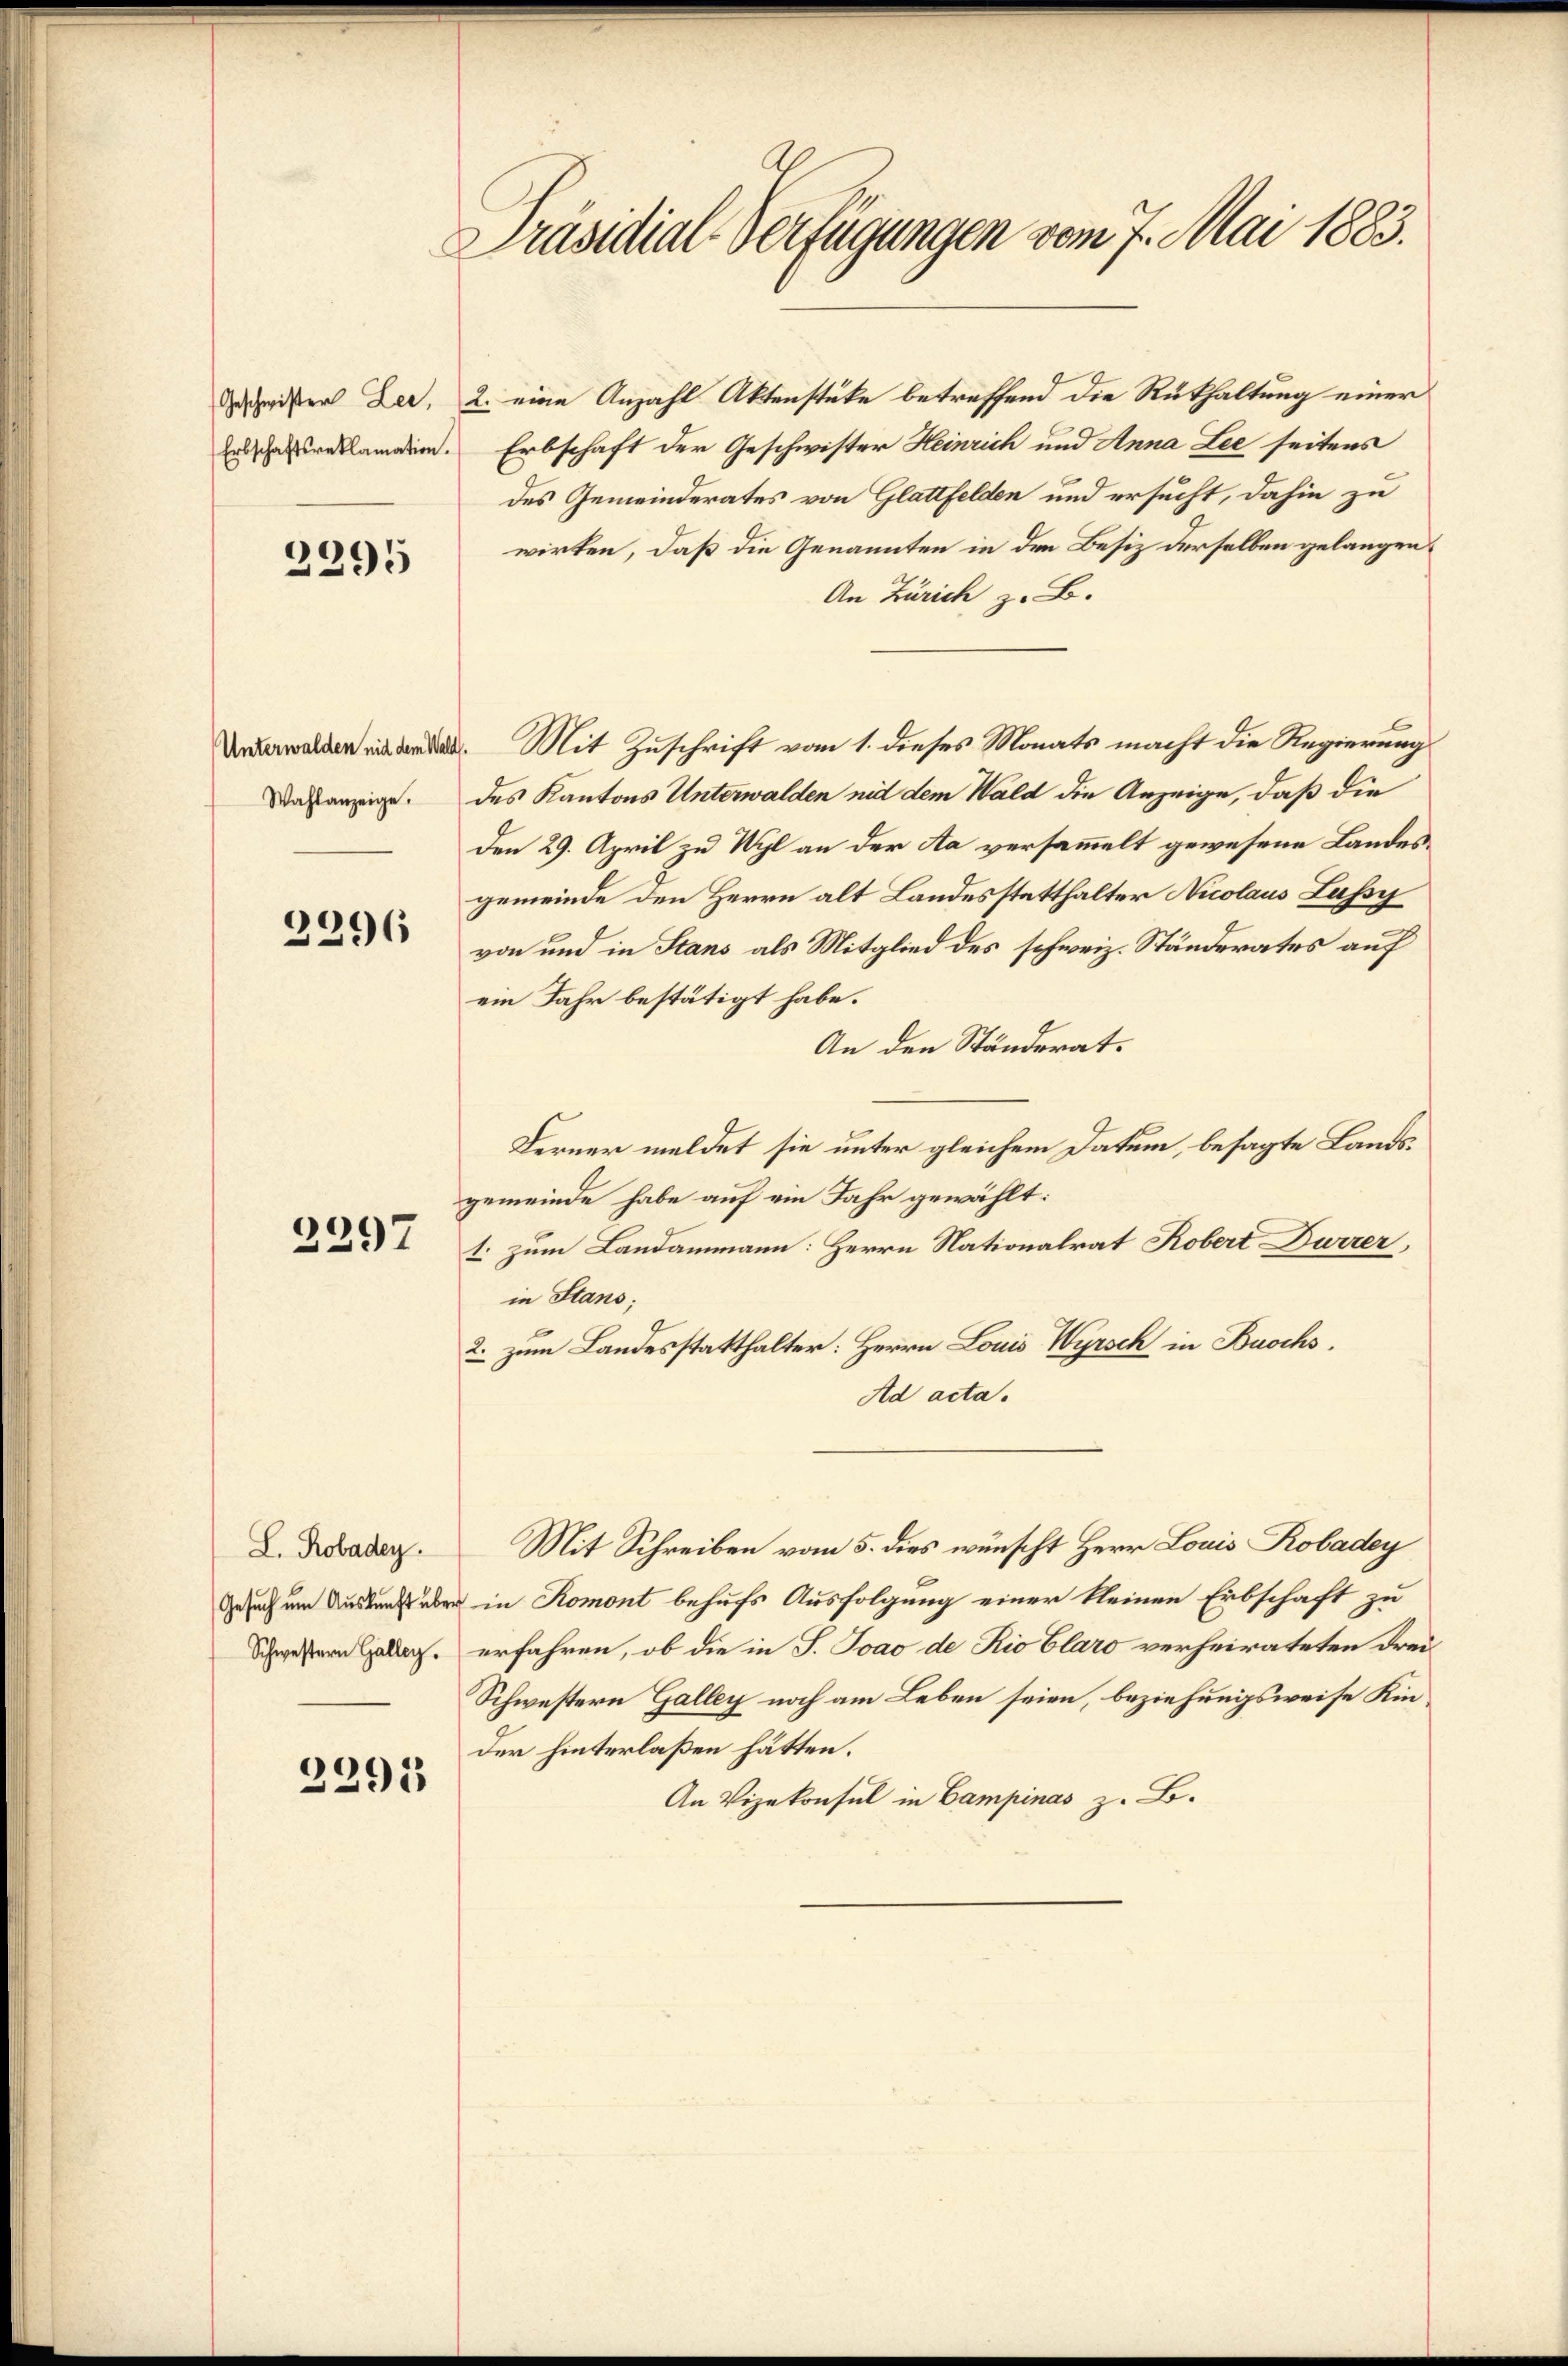
Erbschaftsreklamation.

2395

Unterwalden nid dem Wald
Wahlanzeige.

2296

2297

L. Robaden.

2295

Präsidial-Verfügungen vom 7. Mai 1883.

Geister der, 2. eine Anzahl Aktenstüke betreffend die Rükhaltung einer
Erbschaft der Geschwister Heinrich und Anna Lee seitens
des Gemeinderates von Glattfelden und ersucht, dahin zu
wirken, daß die Genannten in den Besiz derselben gelangen,
An Zürich z. B.
Mit Zuschrift vom 1. dieses Monats macht die Regierung
des Kantons Unterwalden nid dem Wald die Anzeige, daß die
den 29. April zu Wyl an der Aa versammelt gewesene Landesgemeinde den Herrn alt Landesstatthalter Nicolaus Lussy
von und in Stans als Mitglied des schweiz. Ständerates auf
ein Jahr bestätigt habe.
An den Ständerat.
Ferner meldet sie unter gleichem Datum, besagte Landsgemeinde habe auf ein Jahr gewählt:
1. zum Landammann: Herrn Nationalrat Robert Dürrer,
in Stans;
2. zum Landesstatthalter: Herrn Louis Wyrsch in Buochs.
Ad acta.
Mit Schreiben vom 5. dies wünscht Herr Louis Robadey
Gesuch um den über in Romont behufs Ausfolgung einer kleinen Erbschaft zu
Schwestern Galler. erfahren, ob die in S. Joao de Rio Claro verheirateten Frei-
Schwestern Galley noch am Leben seien, beziehungsweise Kinder hinterlaßen hätten.
An Vizekonsul in Campinas z. B.